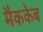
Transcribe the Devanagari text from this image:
मैककेब